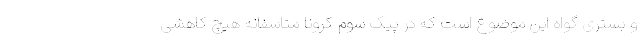
و بستری گواه این موضوع است که در پیک سوم کرونا متاسفانه هیچ کاهشی